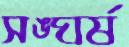
সঙ্ঘর্ষ